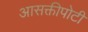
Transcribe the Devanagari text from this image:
आसक्तीपोटी